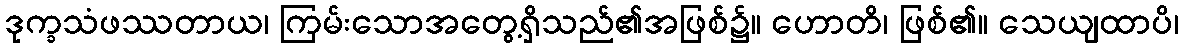
ဒုက္ခသံဖဿတာယ၊ ကြမ်းသောအတွေ့ရှိသည်၏အဖြစ်၌။ ဟောတိ၊ ဖြစ်၏။ သေယျထာပိ၊